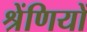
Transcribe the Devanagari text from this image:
श्रेंणियों